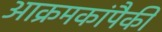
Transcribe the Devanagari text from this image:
आक्रमकांपैकी